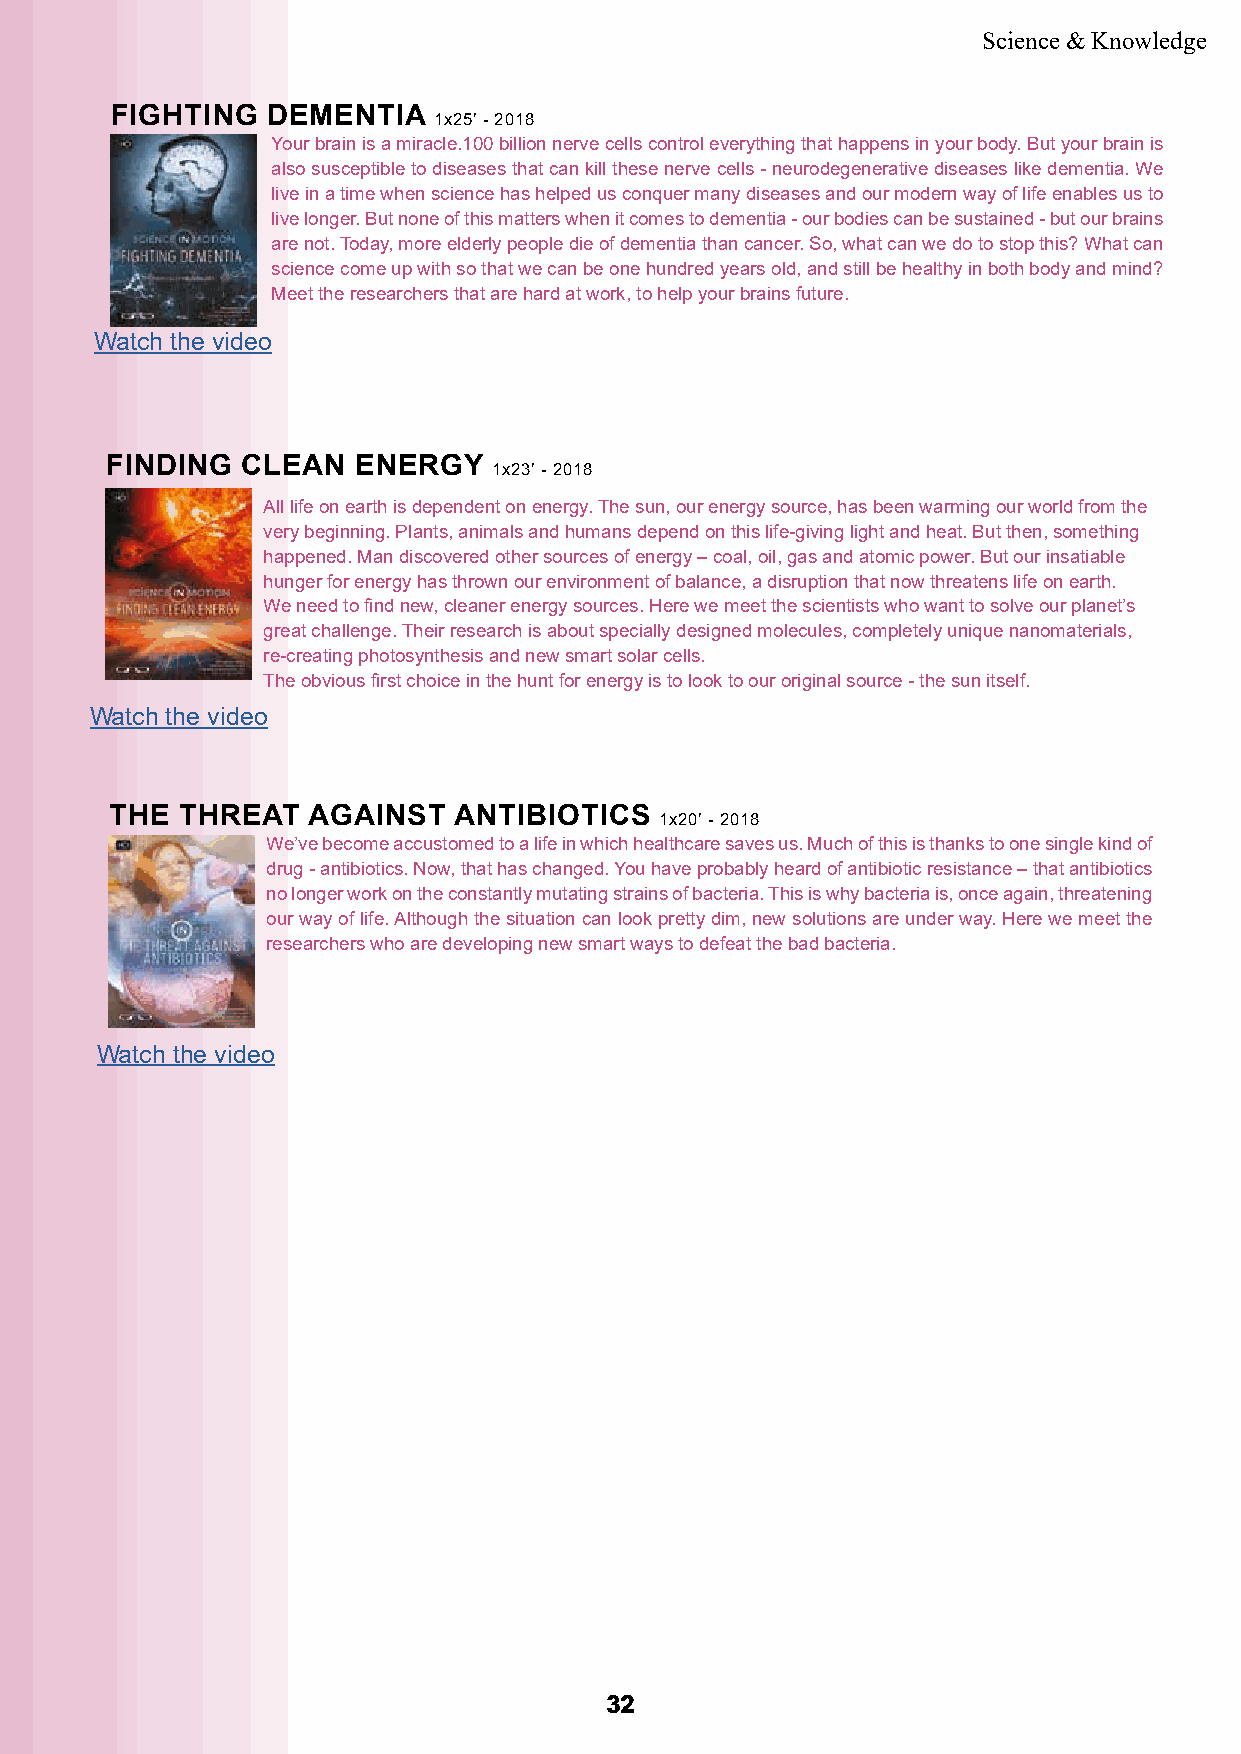
Science & Knowledge
 FIGHTING   DEMENTIA
 1x25’ - 2018
 Your brain is a miracle.100 billion nerve cells control everything that happens in your body. But your brain is
 also susceptible to diseases that can kill these nerve cells - neurodegenerative diseases like dementia. We
 live in a time when science has helped us conquer many diseases and our modern way of life enables us to
 live longer. But none of this matters when it comes to dementia - our bodies can be sustained - but our brains
 are not. Today, more elderly people die of dementia than cancer. So, what can we do to stop this? What can
 science come up with so that we can be one hundred years old, and still be healthy in both body and mind?
 Meet the researchers that are hard at work, to help your brains future.
 Watch the video
 FINDING  CLEAN   ENERGY
 1x23’ - 2018
 All life on earth is dependent on energy. The sun, our energy source, has been warming our world from the
 very beginning. Plants, animals and humans depend on this life-giving light and heat. But then, something
 happened. Man discovered other sources of energy – coal, oil, gas and atomic power. But our insatiable
 hunger for energy has thrown our environment of balance, a disruption that now threatens life on earth.
 We need to find new, cleaner energy sources. Here we meet the scientists who want to solve our planet’s
 great challenge. Their research is about specially designed molecules, completely unique nanomaterials,
 re-creating photosynthesis and new smart solar cells.
 The obvious first choice in the hunt for energy is to look to our original source - the sun itself.
 Watch the video
 THE  THREAT  AGAINST   ANTIBIOTICS
 1x20’ - 2018
 We’ve become accustomed to a life in which healthcare saves us. Much of this is thanks to one single kind of
 drug - antibiotics. Now, that has changed. You have probably heard of antibiotic resistance – that antibiotics
 no longer work on the constantly mutating strains of bacteria. This is why bacteria is, once again, threatening
 our way of life. Although the situation can look pretty dim, new solutions are under way. Here we meet the
 researchers who are developing new smart ways to defeat the bad bacteria.
 Watch the video
 3322